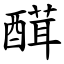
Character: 䤊